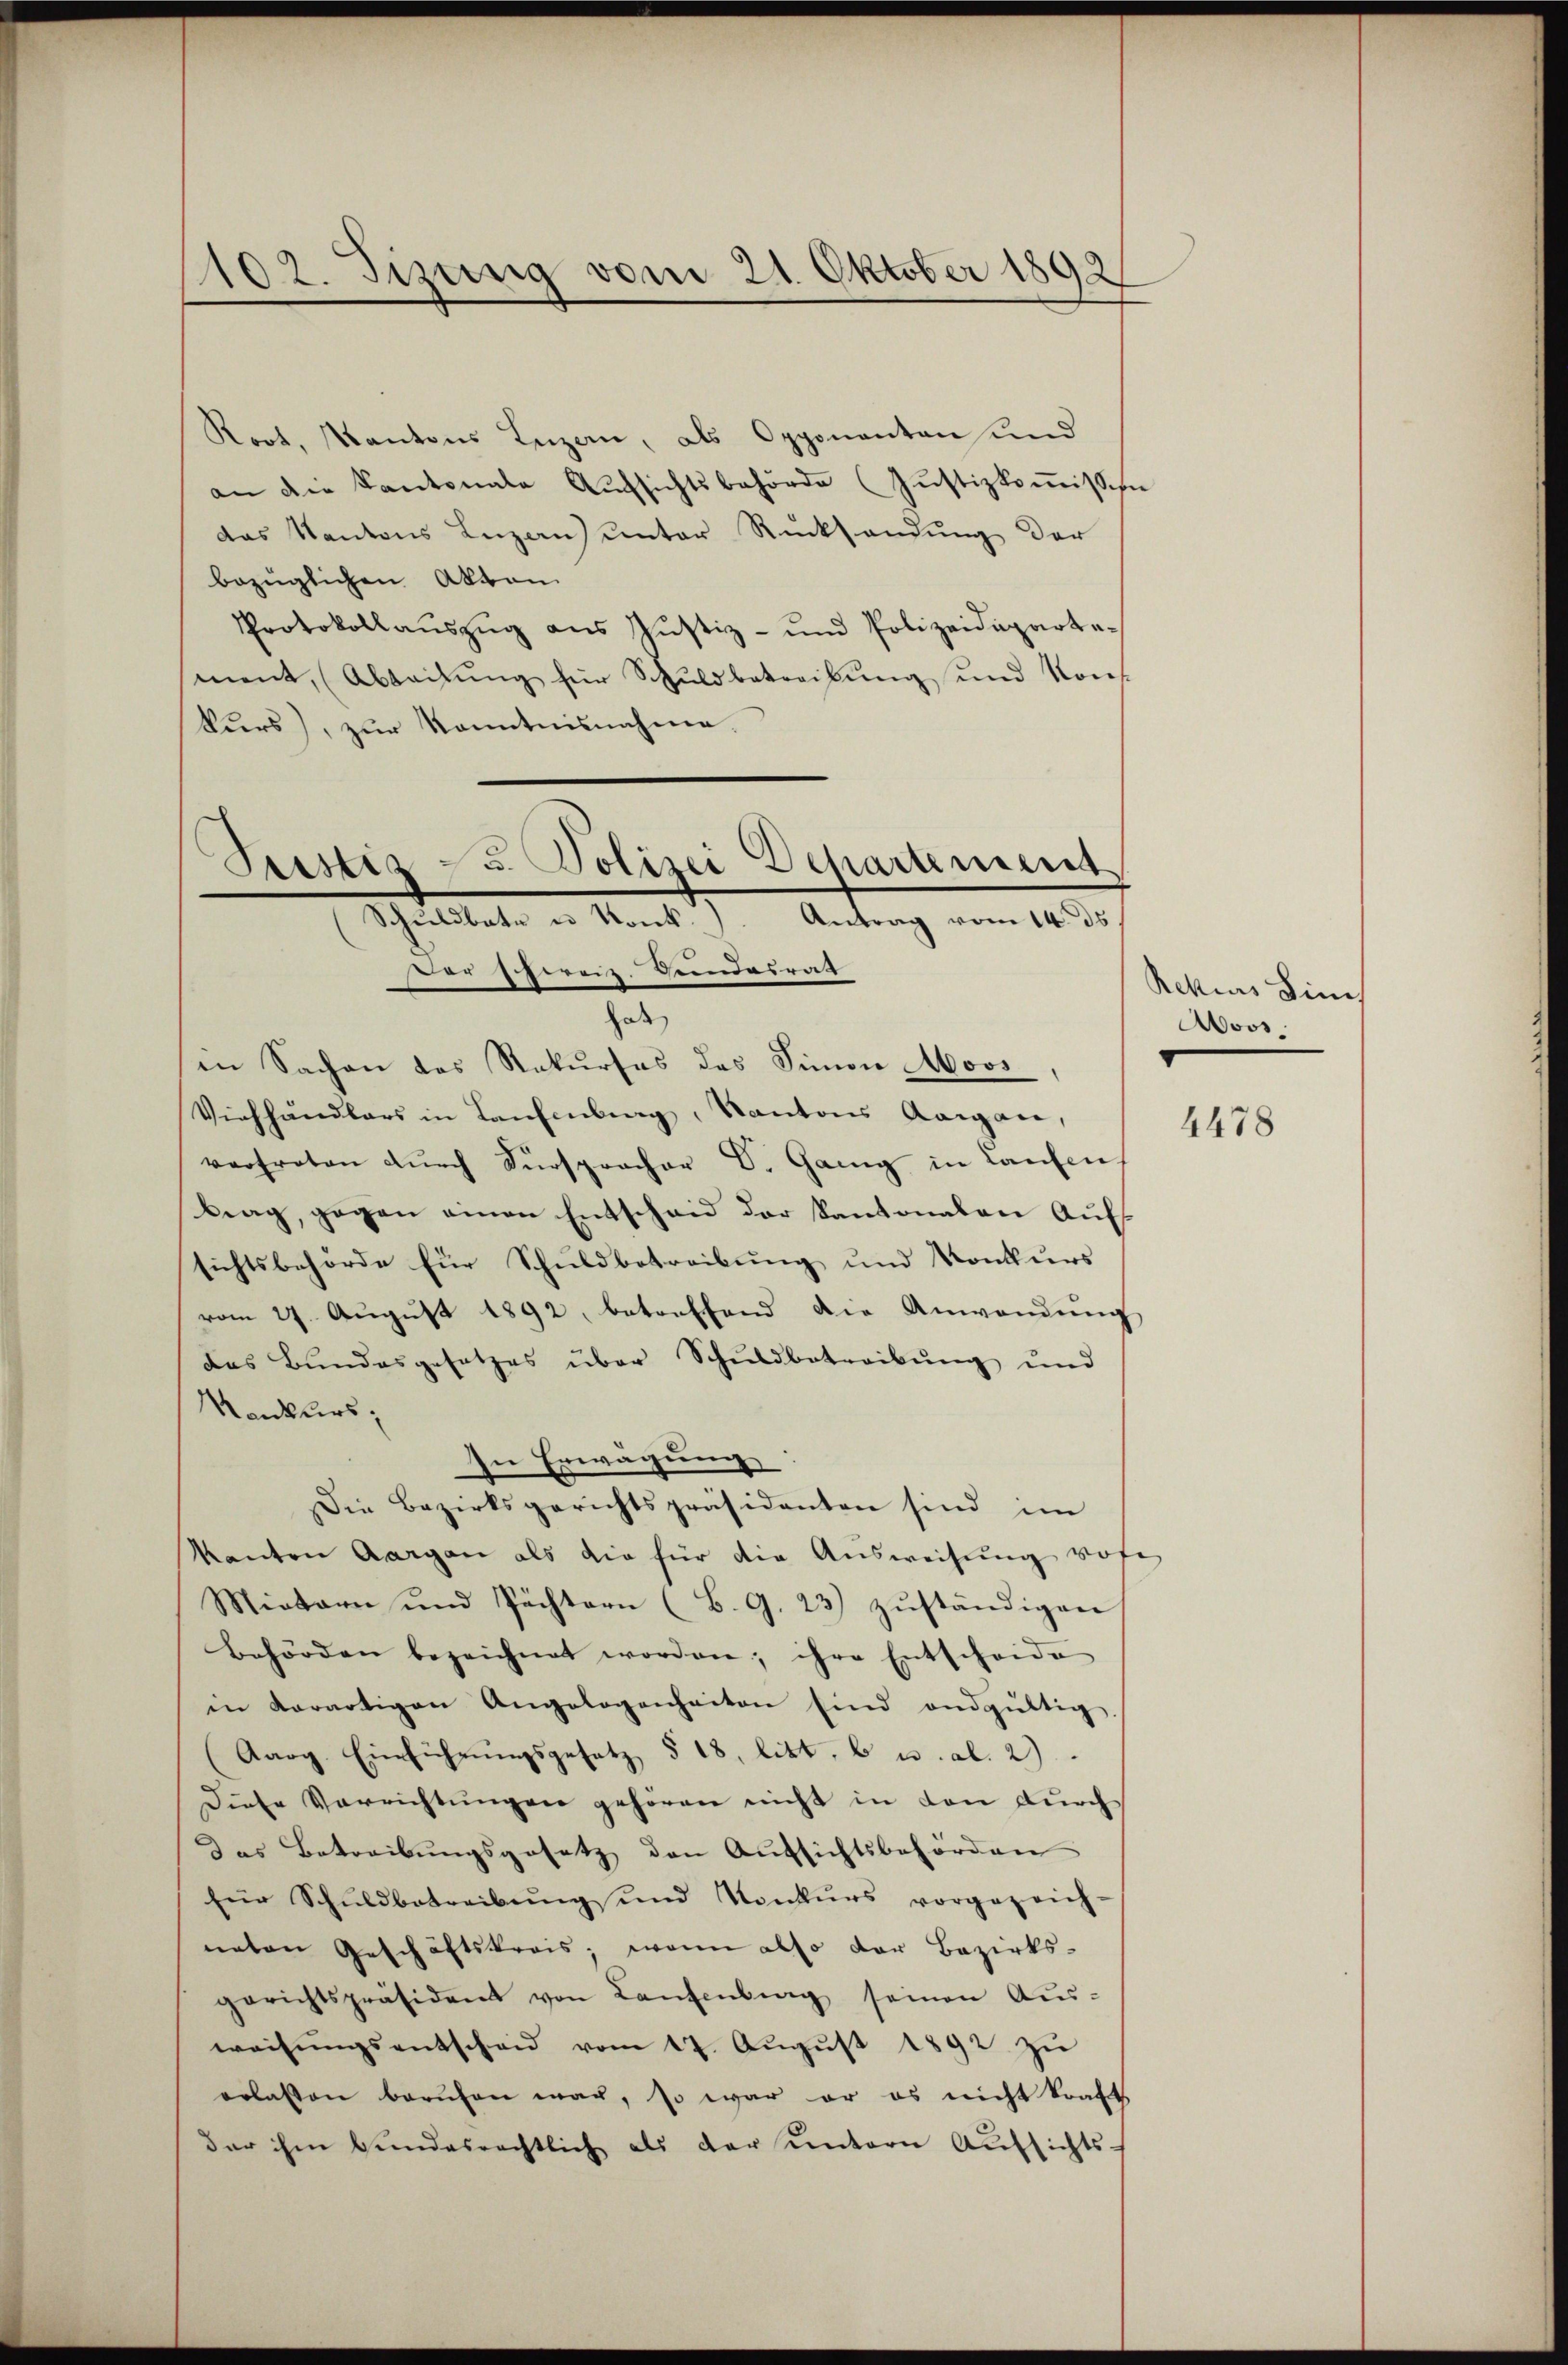
1102. Tizung vom 21. Oktober 1892

Koot, Kantons Luzern, als Opponanten und
an die Kantonale Aufsichtsbehörde (Justizkoṁission
das Kantons Luzern) unter Rücksendung der
bezüglichen Akten
Protokollaŭszŭg ans Justiz- und Polizeideparte-
ment, (Abteilŭng für Schuldbetreibŭng und Konf
kurs), zur Kenntnisnahme.
Justiz- u. Polizei Departement
Schŭldbate u Konk.). Antrag vom 14. ds

Der Schweiz. Geindesrath
hab
in Sachen das Rekurses des Simon Moos
Viehhandlers in Laufenburg, Kantons Aargau,
vertreten dŭrch Fürspracher Dr. Gang in Laufen
brag, gegen einen Entscheid der Kantonalen Aufs
sichtsbehörde für Schuldbetreibung und Konkurs
vom 27. Aŭgŭst 1892, betreffend die Anwendŭng
das Bundesgesetzes über Schuldbetreibung und
Monkurs,
In Erwägung
Die Bezirksgerichtspräsidenten sind im
kanton Aargau als die für die Aŭsweisŭng vore
Miotarn und Pächtern (B. G. 23) zŭständigen
Behörden bezeichnet worden; ihre Entscheide
in derartigen Angelogenheiten sind endgültig
(Aarg. Einführŭngsgesetz § 18, litt. b u. al. 2)
Diese Verrichtungen gehören nicht in den durch
Das Betreibŭngsgesetz den Aŭfsichtsbehörden
für Schŭldbetreibŭng und Konkŭrs vorgezeich-
neten Geschäftskrais; wenn also der Bezirks-
gerichtspräsident von Lantenberg seinen Aŭs-
weisŭngsentschen vom 17. Aŭgŭst 1892 zŭ
erlassen berufen war, so war er es nicht kraftt
der ihm bŭndesrechtlich als der ŭntern Aŭfsichts-

Rekurs Sin
Aoos.

4478